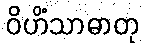
ဝိဟိံသာဓာတု